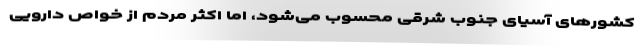
کشور‌های آسیای جنوب شرقی محسوب می‌شود، اما اکثر مردم از خواص دارویی